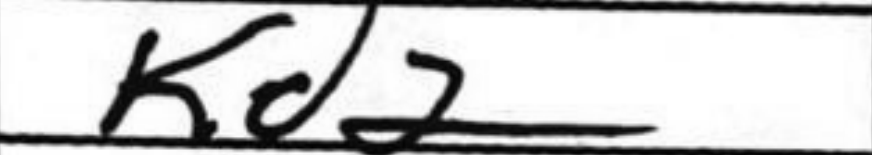
Transcription: Kd2